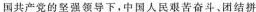
国共产党的坚强领导下，中国人民艰苦奋斗、团结拼